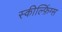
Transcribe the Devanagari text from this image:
स्कील्फ़िंग्स